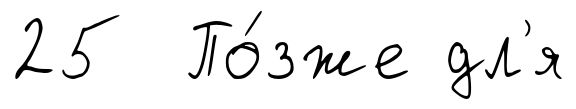
25 По́зже дл'я